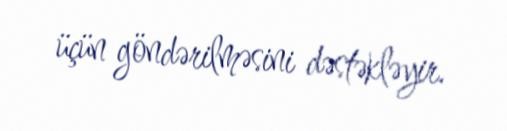
üçün göndərilməsini dəstəkləyir.